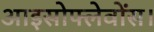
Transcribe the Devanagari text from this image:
आइसोफ्लेवोंस।